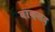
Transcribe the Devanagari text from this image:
बाक़सद